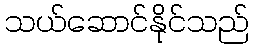
သယ်ဆောင်နိုင်သည်